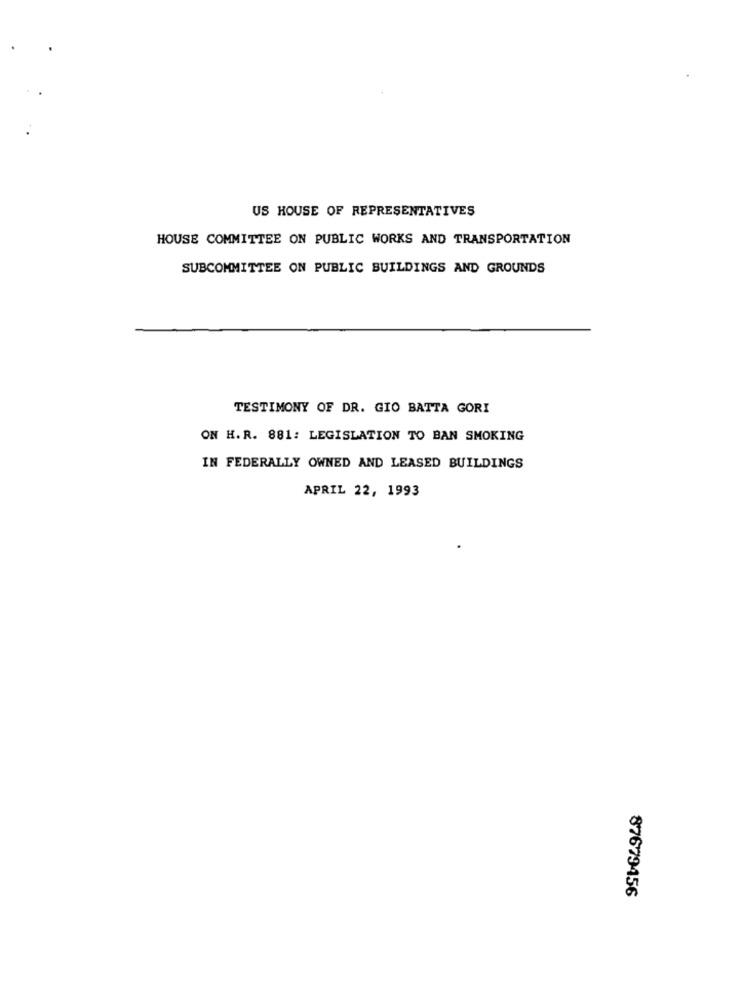
US HOUSE OF REPRESENTATIVES
HOUSE COMMITTEE ON PUBLIC WORKS AND TRANSPORTATION
SUBCOMMITTEE ON PUBLIC BUILDINGS AND GROUNDS
TESTIMONY OF DR. GIO BATTA GORI
ON H.R. 881: LEGISLATION TO BAN SMOKING
IN FEDERALLY OWNED AND LEASED BUILDINGS
APRIL 22, 1993
87679456